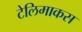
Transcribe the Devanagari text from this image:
टेलिमाकस